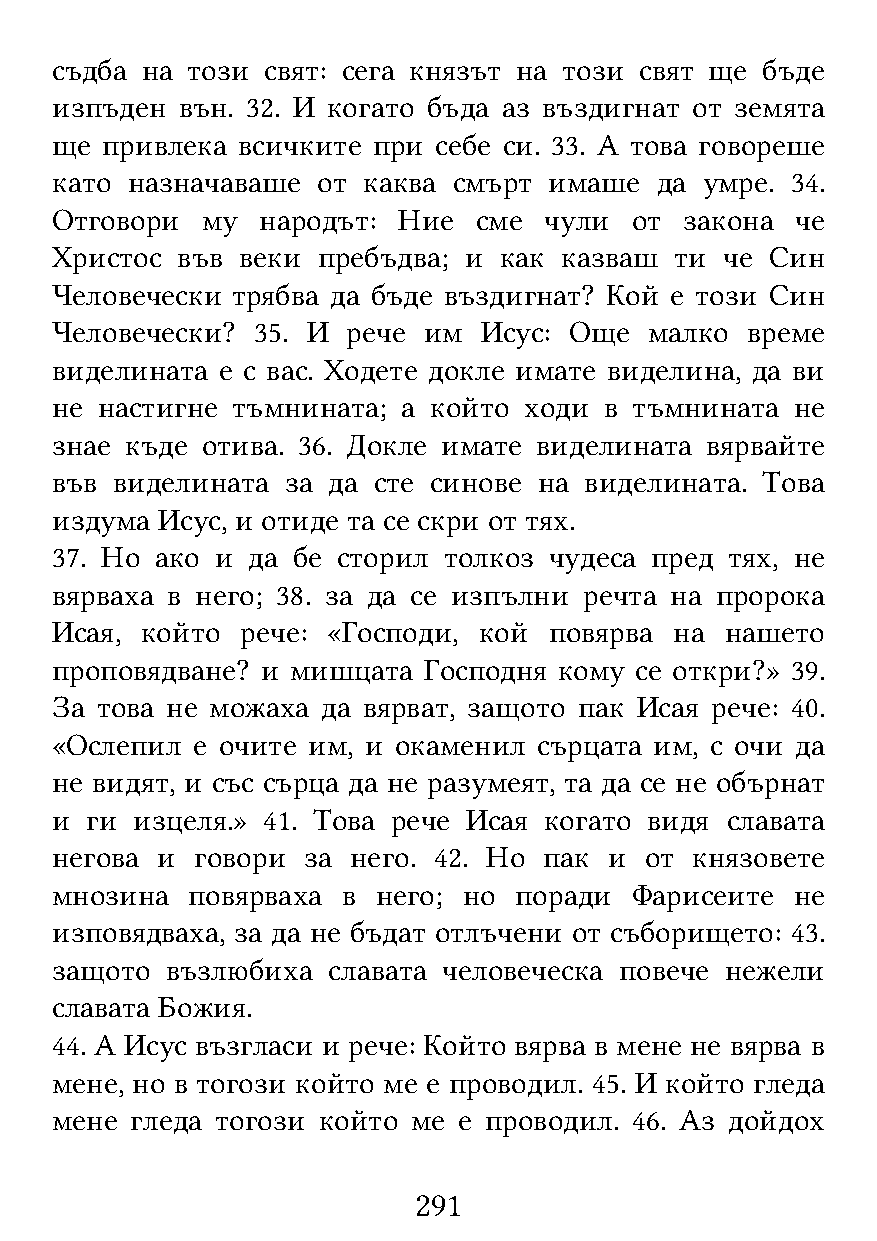
съдба на този  свят: сега князът на този свят ще бъде
 изпъден  вън. 32. И когато бъда аз въздигнат от земята
 ще  привлека всичките при себе си. 33. А това говореше
 като назначаваше  от каква смърт имаше  да  умре. 34.
 Отговори  му  народът: Ние   сме чули  от закона  че
 Христос  във веки пребъдва; и как казваш  ти че Син
 Человечески трябва да бъде въздигнат? Кой е този Син
 Человечески?  35. И рече им  Исус: Още  малко време
 виделината е с вас. Ходете докле имате виделина, да ви
 не настигне тъмнината;  а който ходи в тъмнината  не
 знае къде отива. 36. Докле имате виделината вярвайте
 във виделината  за да сте синове на виделината. Това
 издума Исус, и отиде та се скри от тях.
 37. Но ако и да бе сторил толкоз чудеса пред тях, не
 вярваха в него; 38. за да се изпълни речта на пророка
 Исая, който  рече: «Господи, кой повярва  на нашето
 проповядване? и мишцата  Господня кому се откри?» 39.
 За това не можаха да вярват, защото пак Исая рече: 40.
 «Ослепил  е очите им, и окаменил сърцата им, с очи да
 не видят, и със сърца да не разумеят, та да се не обърнат
 и  ги изцеля.» 41. Това рече Исая когато видя славата
 негова и  говори за него. 42. Но пак и  от князовете
 мнозина  повярваха  в него; но поради  Фарисеите  не
 изповядваха, за да не бъдат отлъчени от съборището: 43.
 защото  възлюбиха  славата человеческа повече нежели
 славата Божия.
 44. А Исус възгласи и рече: Който вярва в мене не вярва в
 мене, но в тогози който ме е проводил. 45. И който гледа
 мене  гледа тогози който ме е проводил. 46. Аз дойдох
 291